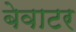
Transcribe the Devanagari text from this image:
बेवाटर